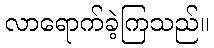
လာရောက်ခဲ့ကြသည်။